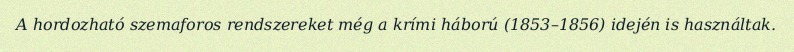
A hordozható szemaforos rendszereket még a krími háború (1853–1856) idején is használtak.